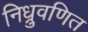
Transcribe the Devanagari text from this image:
निध्रुवणित